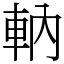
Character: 軜